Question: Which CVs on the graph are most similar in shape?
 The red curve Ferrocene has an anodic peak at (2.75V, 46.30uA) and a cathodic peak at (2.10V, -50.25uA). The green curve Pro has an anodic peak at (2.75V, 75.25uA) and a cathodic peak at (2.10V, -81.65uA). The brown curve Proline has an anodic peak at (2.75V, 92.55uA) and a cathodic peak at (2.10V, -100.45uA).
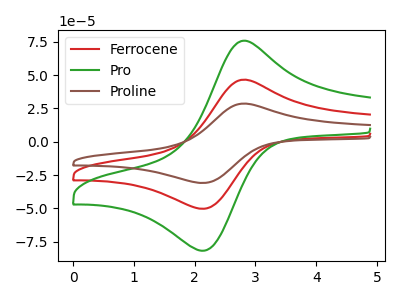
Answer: <think>All the peaks in "Ferrocene" have a peak in "Pro" at the same potential. Every peak in "Ferrocene" is lower than every peak in "Pro". All the peaks in "Ferrocene" have a peak in "Proline" at the same potential. Every peak in "Ferrocene" is lower than every peak in "Proline". All the peaks in "Pro" have a peak in "Proline" at the same potential. Every peak in "Pro" is lower than every peak in "Proline".
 </think>
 <answer>"Pro", "Ferrocene" and "Proline" have the same shape and are likely CV's of the same chemical.</answer>
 <eval>"Pro" "Ferrocene" "Proline"</eval>